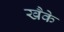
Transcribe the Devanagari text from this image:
खैके